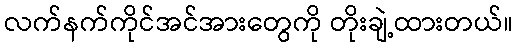
လက်နက်ကိုင်အင်အားတွေကို တိုးချဲ့ထားတယ်။